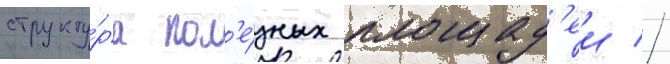
структу́ра пол'е́зных площад'еи //